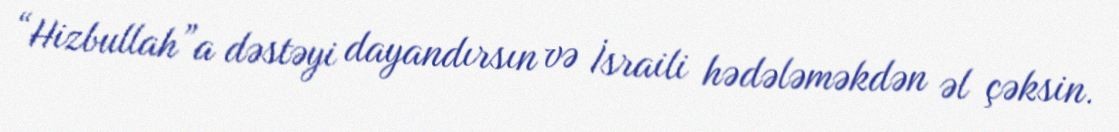
“Hizbullah”a dəstəyi dayandırsın və İsraili hədələməkdən əl çəksin.